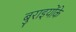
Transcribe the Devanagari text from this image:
बुराइयोंके